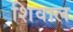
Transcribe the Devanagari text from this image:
शिवाल